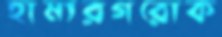
হামারগরোক